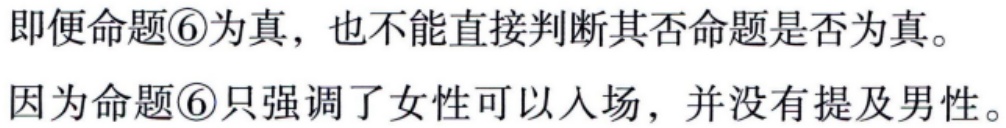
即便命题\textcircled{6}为真，也不能直接判断其否命题是否为真。

因为命题\textcircled{6}只强调了女性可以入场，并没有提及男性。